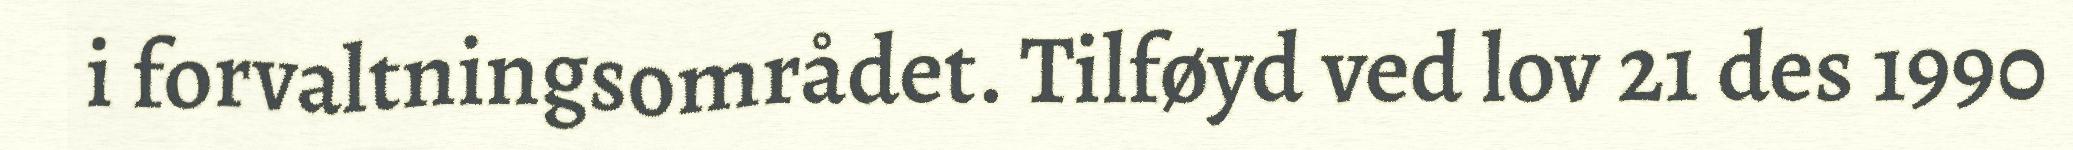
i forvaltningsområdet. Tilføyd ved lov 21 des 1990